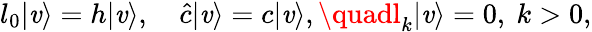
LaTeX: l_{0}|\mathit{v}\rangle=h|\mathit{v}\rangle,\quad\hat{{c}}|\mathit{v}\rangle=c|\mathit{v}\rangle,\quadl_{k}|\mathit{v}\rangle=0,\ k>0,